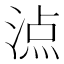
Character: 𣸾